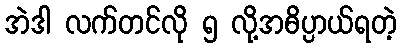
အဲဒါ လက်တင်လို ၅ လို့အဓိပ္ပာယ်ရတဲ့